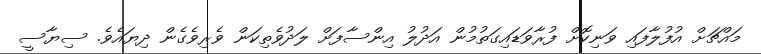
މައްޗަށް އުފުލާފައި ވަނިކޮށް ފުރާވަޑައިގަތުމުން އަދުލު އިންސާފަށް ލަދުވެތިކަން ވެރިވެގެން ދިޔައެވެ. ސިޔާސީ